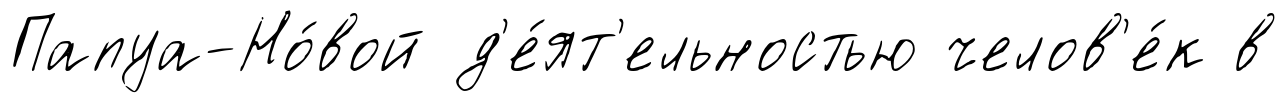
Папуа-Но́вой д'е́ят'ельностью челов'е́к в